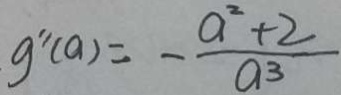
g ^ { \prime } ^ { \prime } ( a ) = - \frac { a ^ { 2 } + 2 } { a 3 }